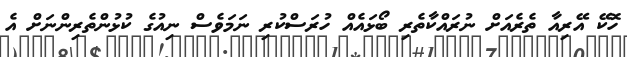
ހޮކޭ އޭރިއާ ތެރެއަށް ނުރައްކާތެރި ބޯޅައެއް ހުރަސްކުރި ނަމަވެސް ނިއުގެ ކުޅުންތެރިންނަށް އެ